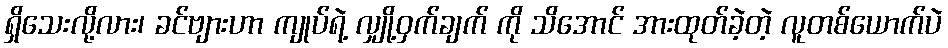
ရှိသေးလို့လား၊ ခင်ဗျားဟာ ကျုပ်ရဲ့ လျှို့ဝှက်ချက် ကို သိအောင် အားထုတ်ခဲ့တဲ့ လူတစ်ယောက်ပဲ